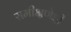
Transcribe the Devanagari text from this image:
समीक्षणेही